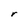
Character: r